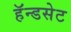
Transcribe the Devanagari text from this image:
हॅन्डसेट